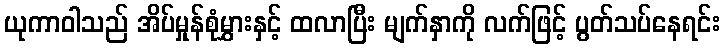
ယုကာဝါသည် အိပ်မှုန်စုံမွှားနှင့် ထလာပြီး မျက်နှာကို လက်ဖြင့် ပွတ်သပ်နေရင်း